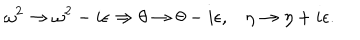
LaTeX: \omega ^ { 2 } \rightarrow \omega ^ { 2 } - i \epsilon \Rightarrow \theta \rightarrow \theta - i \epsilon , \eta \rightarrow \eta + i \epsilon .